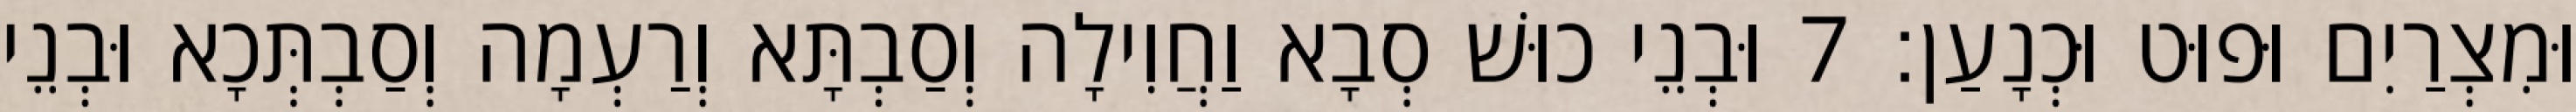
וּמִצְרַיִם וּפוּט וּכְנָעַן׃ 7 וּבְנֵי כוּשׁ סְבָא וַחֲוִילָה וְסַבְתָּא וְרַעְמָה וְסַבְתְּכָא וּבְנֵי